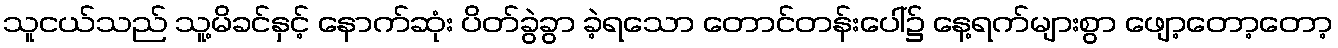
သူငယ်သည် သူ့မိခင်နှင့် နောက်ဆုံး ပိတ်ခွဲခွာ ခဲ့ရသော တောင်တန်းပေါ်၌ နေ့ရက်များစွာ ဖျော့တော့တော့